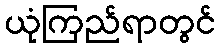
ယုံကြည်ရာတွင်